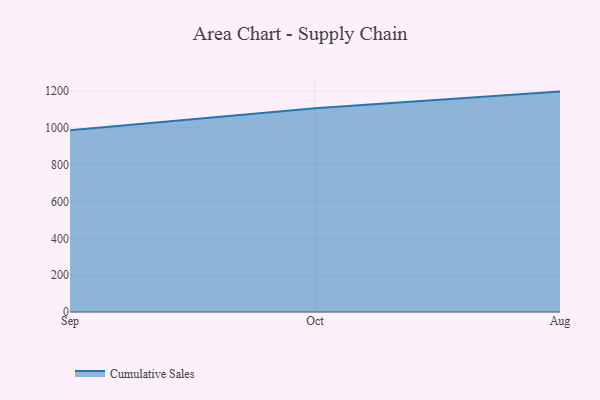
{"axis": {"x": "Month", "y": "Churn Rate (%)"}, "legend": ["Cumulative Sales"], "data": [{"x": "Sep", "y": 987.5, "type": "Cumulative Sales"}, {"x": "Oct", "y": 1107.8, "type": "Cumulative Sales"}, {"x": "Aug", "y": 1197.7, "type": "Cumulative Sales"}]}